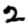
Digit: 2